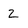
Character: 2